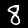
Digit: 8